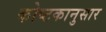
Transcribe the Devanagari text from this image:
कोष्टकानुसार